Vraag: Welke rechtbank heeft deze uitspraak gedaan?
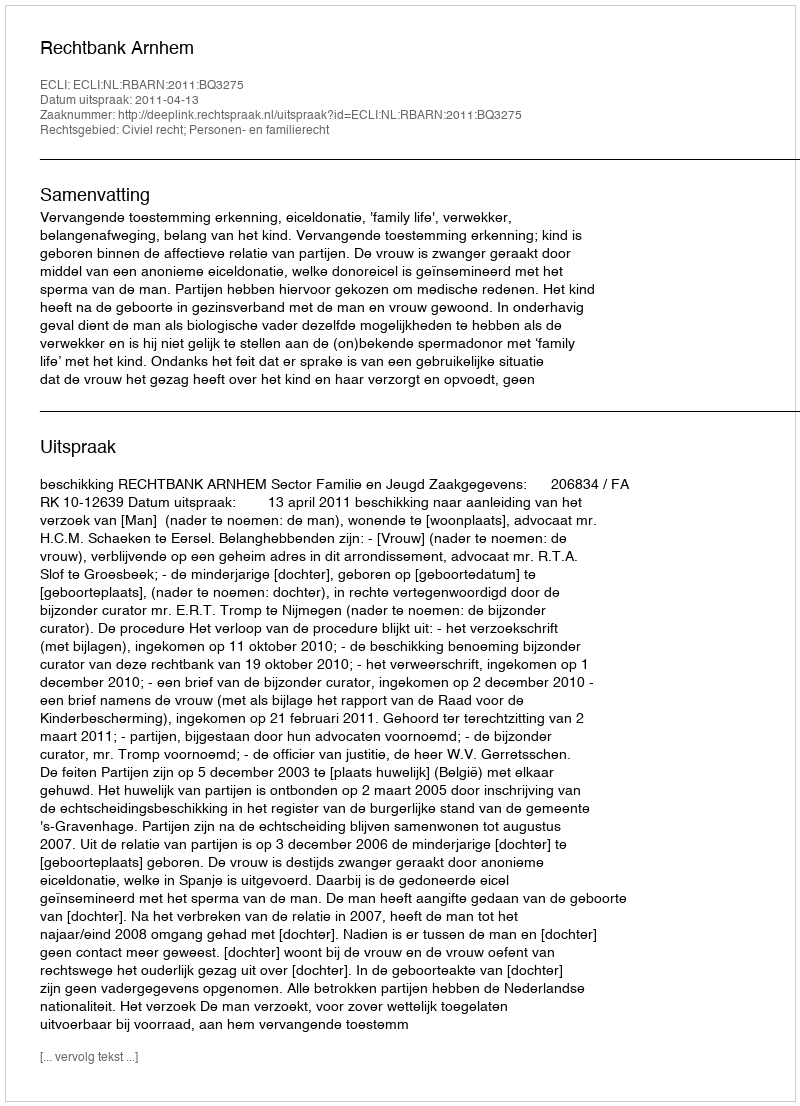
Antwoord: Rechtbank Arnhem